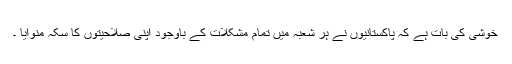
خوشی کی بات ہے کہ پاکستانیوں نے ہر شعبہ میں تمام مشکلات کے باوجود اپنی صلاحیتوں کا سکہ منوایا ۔